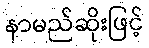
နာမည်ဆိုးဖြင့်